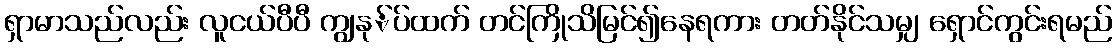
ရှာမာသည်လည်း လူငယ်ပီပီ ကျွနု်ပ်ထက် တင်ကြိုသိမြင်၍နေရကား တတ်နိုင်သမျှ ရှောင်ကွင်းရမည်